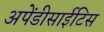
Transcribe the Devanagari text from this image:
अपेंडीसाईटिस